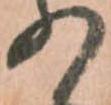
の